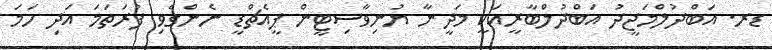
ޑރ. އަބްދުލްމަޖީދު އަބްދުލްބާރީއަކީ މަދީނާ ޔުނިވާސިޓީން ޕީއެޗްޑީ ނެންގެވި ފުރަތަމަ އަދި ހަމަ